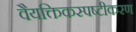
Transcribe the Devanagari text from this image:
वैयक्तिकस्पष्टीकरण